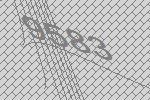
9583